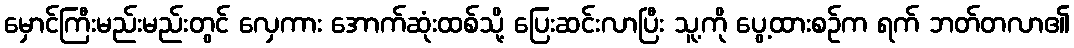
မှောင်ကြီးမည်းမည်းတွင် လှေကား အောက်ဆုံးထစ်သို့ ပြေးဆင်းလာပြီး သူ့ကို ပွေ့ထားစဉ်က ရက် ဘတ်တလာ၏